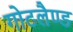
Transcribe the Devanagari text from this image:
गोटलैण्ड